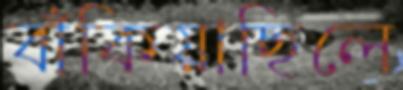
বাঁকিয়াছিলে